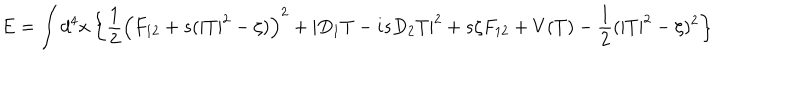
LaTeX: E = \int d ^ { 4 } x \left\{ \frac 1 2 \left( F _ { 1 2 } + s ( | T | ^ { 2 } - \zeta ) \right) ^ { 2 } + | D _ { 1 } T - i s D _ { 2 } T | ^ { 2 } + s \zeta F _ { 1 2 } + V ( T ) - \frac 1 2 ( | T | ^ { 2 } - \zeta ) ^ { 2 } \right\}